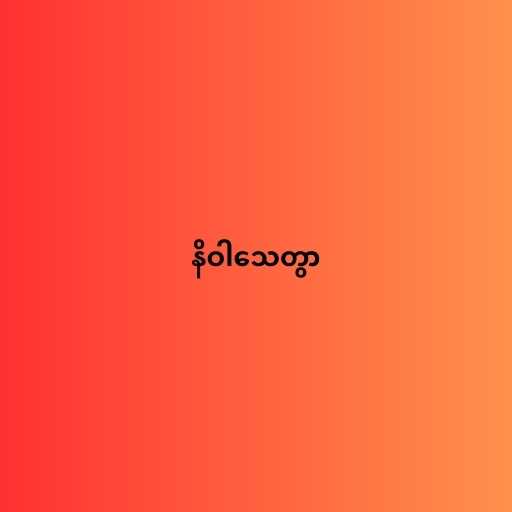
နိဝါသေတွာ